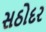
સઠોદર